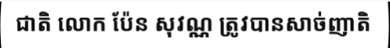
ជាតិ លោក ប៉ែន សុវណ្ណ ត្រូវបានសាច់ញាតិ